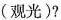
(观光）？